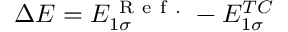
\Delta E = E _ { 1 \sigma } ^ { \mathrm { ~ R ~ e ~ f ~ . ~ } } - E _ { 1 \sigma } ^ { T C }